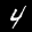
Label: 4